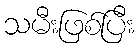
သမီးဖြစ်ပြီး